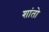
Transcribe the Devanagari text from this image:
शांतो